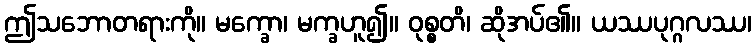
ဤသဘောတရားကို။ မက္ခော၊ မက္ခဟူ၍။ ဝုစ္စတိ၊ ဆိုအပ်၏။ ယဿပုဂ္ဂလဿ၊